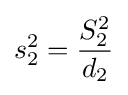
s_{2}^{2}={\frac {S_{2}^{2}}{d_{2}}}